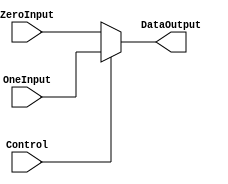
`timescale 1ns / 1ps
//////////////////////////////////////////////////////////////////////////////////
// Company:
// Engineer:
//
// Design Name:
// Module Name:    32BitTwoInOneSelector
// Project Name:
// Target Devices:
// Tool versions:
// Description:
//
// Dependencies:
//
// Revision:
// Revision 0.01 - File Created
// Additional Comments:
//
//////////////////////////////////////////////////////////////////////////////////
module TwoInOneSelector32Bit(
    input [31:0] ZeroInput,
    input [31:0] OneInput,
    input Control,
    output reg[31:0] DataOutput
    );

   always @(Control or ZeroInput or OneInput) begin
      if (Control == 1) DataOutput = OneInput;
      else if (Control == 0) DataOutput = ZeroInput;
      else DataOutput = 32'hzzzzzzzz;
   end
endmodule